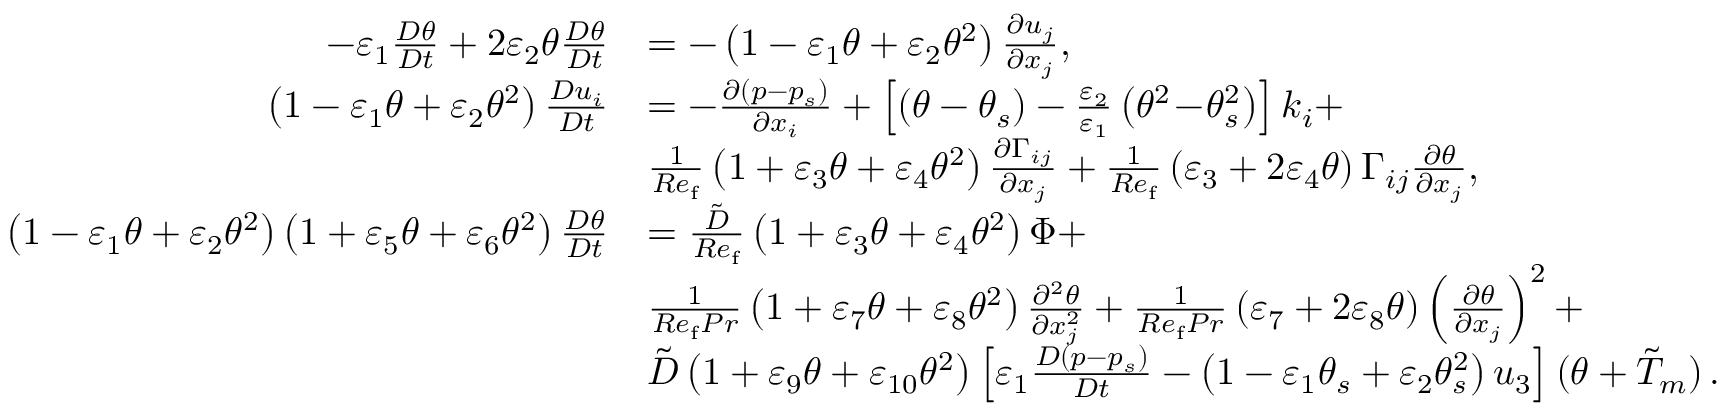
\begin{array} { r l } { - \varepsilon _ { 1 } \frac { D \theta } { D t } + 2 \varepsilon _ { 2 } \theta \frac { D \theta } { D t } } & { = - \left( 1 - \varepsilon _ { 1 } \theta + \varepsilon _ { 2 } \theta ^ { 2 } \right) \frac { \partial u _ { j } } { \partial x _ { j } } , } \\ { \left( 1 - \varepsilon _ { 1 } \theta + \varepsilon _ { 2 } \theta ^ { 2 } \right) \frac { D u _ { i } } { D t } } & { = - \frac { \partial \left( p - p _ { s } \right) } { \partial x _ { i } } + \left[ \left( \theta - \theta _ { s } \right) - \frac { \varepsilon _ { 2 } } { \varepsilon _ { 1 } } \left( \theta ^ { 2 } \! - \! \theta _ { s } ^ { 2 } \right) \right] k _ { i } + } \\ & { \frac { 1 } { R e _ { \mathrm { f } } } \left( 1 + \varepsilon _ { 3 } \theta + \varepsilon _ { 4 } \theta ^ { 2 } \right) \frac { \partial \Gamma _ { i j } } { \partial x _ { j } } + \frac { 1 } { R e _ { \mathrm { f } } } \left( \varepsilon _ { 3 } + 2 \varepsilon _ { 4 } \theta \right) \Gamma _ { i j } \frac { \partial \theta } { \partial x _ { j } } , } \\ { \left( 1 - \varepsilon _ { 1 } \theta + \varepsilon _ { 2 } \theta ^ { 2 } \right) \left( 1 + \varepsilon _ { 5 } \theta + \varepsilon _ { 6 } \theta ^ { 2 } \right) \frac { D \theta } { D t } } & { = \frac { \tilde { D } } { R e _ { \mathrm { f } } } \left( 1 + \varepsilon _ { 3 } \theta + \varepsilon _ { 4 } \theta ^ { 2 } \right) \Phi + } \\ & { \frac { 1 } { R e _ { \mathrm { f } } P r } \left( 1 + \varepsilon _ { 7 } \theta + \varepsilon _ { 8 } \theta ^ { 2 } \right) \frac { \partial ^ { 2 } \theta } { \partial x _ { j } ^ { 2 } } + \frac { 1 } { R e _ { \mathrm { f } } P r } \left( \varepsilon _ { 7 } + 2 \varepsilon _ { 8 } \theta \right) \left( \frac { \partial \theta } { \partial x _ { j } } \right) ^ { 2 } + } \\ & { \tilde { D } \left( 1 + \varepsilon _ { 9 } \theta + \varepsilon _ { 1 0 } \theta ^ { 2 } \right) \left[ \varepsilon _ { 1 } \frac { D \left( p - p _ { s } \right) } { D t } - \left( 1 - \varepsilon _ { 1 } \theta _ { s } + \varepsilon _ { 2 } \theta _ { s } ^ { 2 } \right) u _ { 3 } \right] ( \theta + \Tilde { T } _ { m } ) \, . } \end{array}